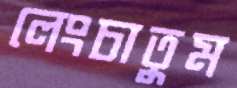
লেংচাতুম